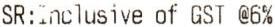
SR:INCLUSIVE OF GST @6%